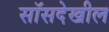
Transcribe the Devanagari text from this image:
सॉसदेखील